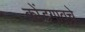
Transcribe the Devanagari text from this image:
कोंडगावचे